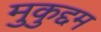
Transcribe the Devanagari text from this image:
मुकुद्दम